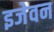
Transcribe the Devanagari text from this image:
इजेवन